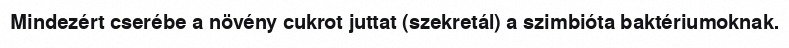
Mindezért cserébe a növény cukrot juttat (szekretál) a szimbióta baktériumoknak.